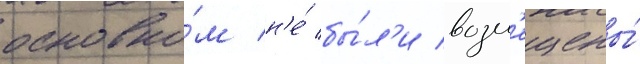
основно́м н'е́ бы́л'и возм'ещены́